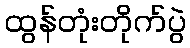
ထွန်တုံးတိုက်ပွဲ